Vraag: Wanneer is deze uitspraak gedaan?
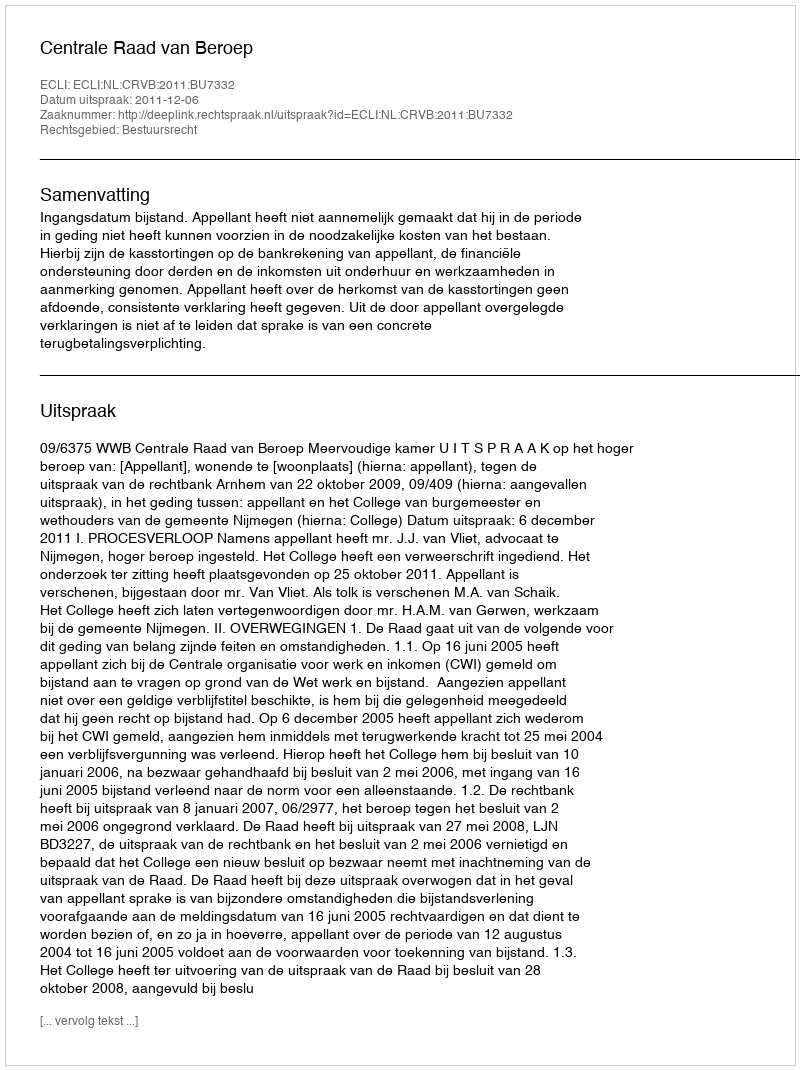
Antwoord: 2011-12-06